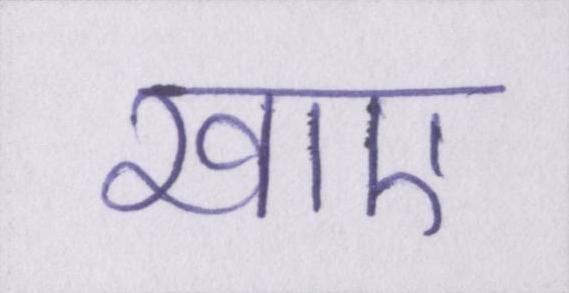
खाए